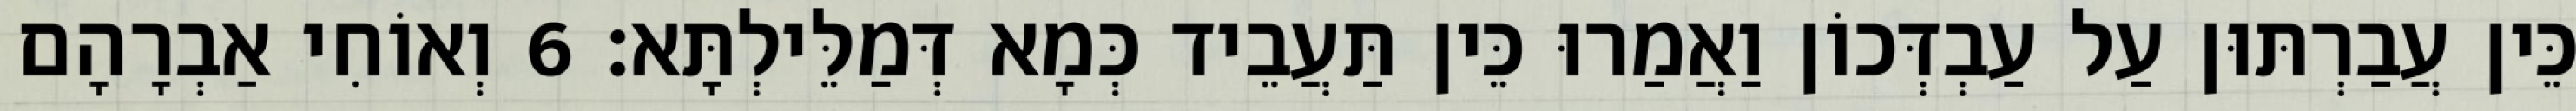
כֵּין עֲבַרְתּוּן עַל עַבְדְּכוֹן וַאֲמַרוּ כֵּין תַּעֲבֵיד כְּמָא דְּמַלֵּילְתָּא׃ 6 וְאוֹחִי אַבְרָהָם